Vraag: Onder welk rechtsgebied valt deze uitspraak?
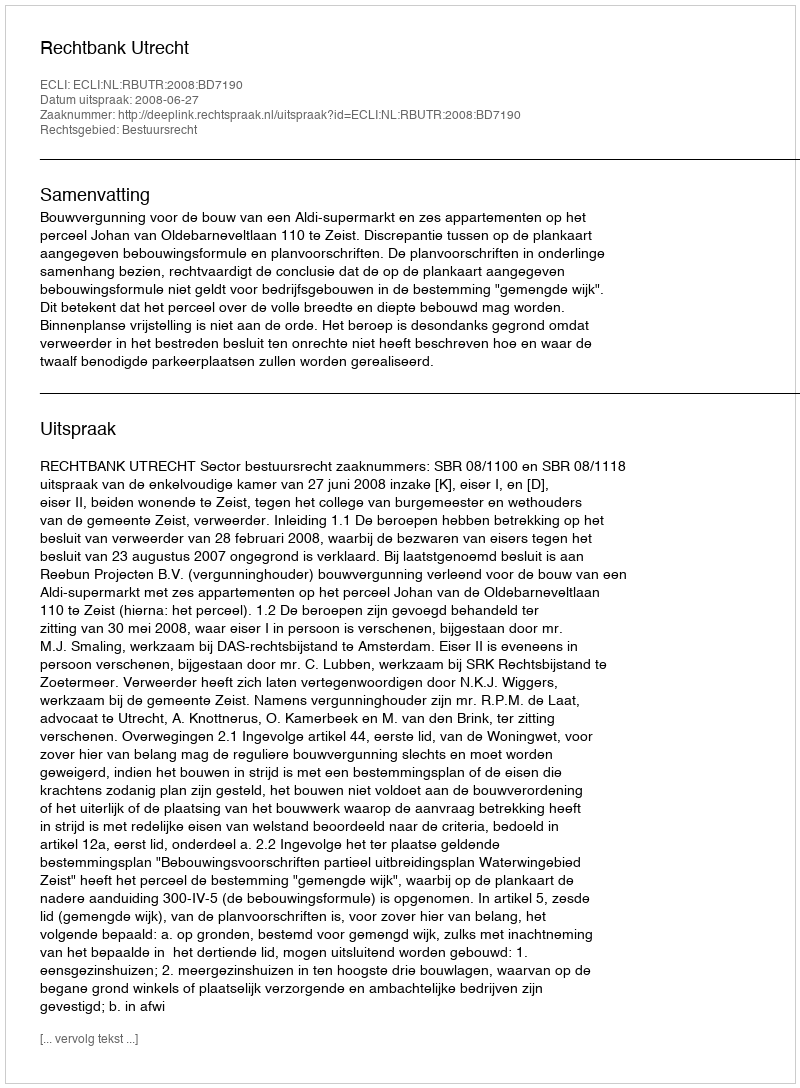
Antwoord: Bestuursrecht